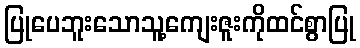
ပြုပေဘူးသောသူ့ကျေးဇူးကိုထင်စွာပြု